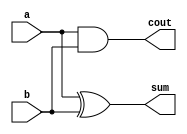
/*--  *******************************************************
--  Computer Architecture Course, Laboratory Sources 
--  Amirkabir University of Technology (Tehran Polytechnic)
--  Department of Computer Engineering (CE-AUT)
--  https://ce[dot]aut[dot]ac[dot]ir
--  *******************************************************
--  All Rights reserved (C) 2019-2020
--  *******************************************************
--  Student ID  : 9831068
--  Student Name: Farshid Nooshi
--  Student Mail: farshidnooshi726@aut.ac.ir
--  *******************************************************
--  Additional Comments:
--
--*/

/*-----------------------------------------------------------
---  Module Name: Half Adder Gate Level
---  Description: Lab 07 Part 1
-----------------------------------------------------------*/
`timescale 1 ns/1 ns


module Half_Adder(
		input a ,
		input b ,
		output sum ,
		output cout
	);
	
	assign sum = a ^ b;
	assign cout = a & b;

endmodule